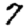
Digit: 7